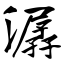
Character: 潺